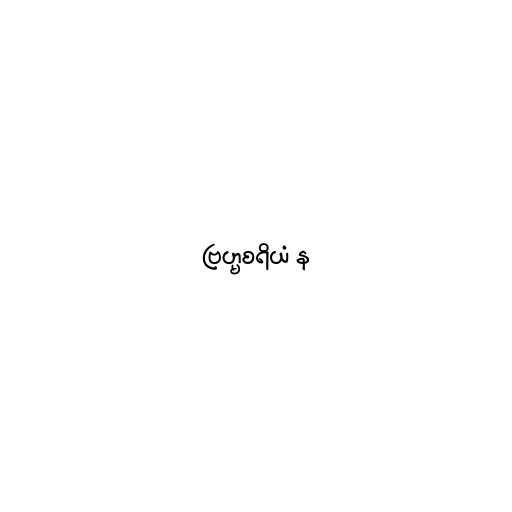
ဗြဟ္မစရိယံ န